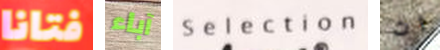
فتانا آباء Selection ان